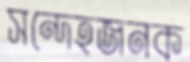
সন্দেহজনক